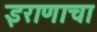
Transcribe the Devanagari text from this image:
इराणाचा